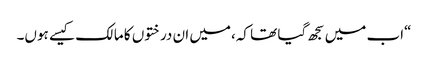
“اب میں سجھ گیا تھا کہ،میں ان درختوں کا مالک کیسے ہوں۔